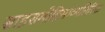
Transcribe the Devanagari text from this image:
साहसमोहिमांव्यतिरिक्त